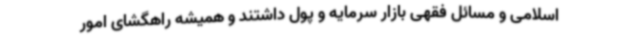
اسلامی و مسائل فقهی بازار سرمایه و پول داشتند و همیشه راهگشای امور